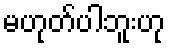
မဟုတ်ပါဘူးဟု